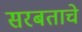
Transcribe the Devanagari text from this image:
सरबताचे